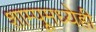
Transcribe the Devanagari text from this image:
शाम्पूमध्येही